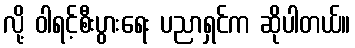
လို့ ဝါရင့်စီးပွားရေး ပညာရှင်က ဆိုပါတယ်။